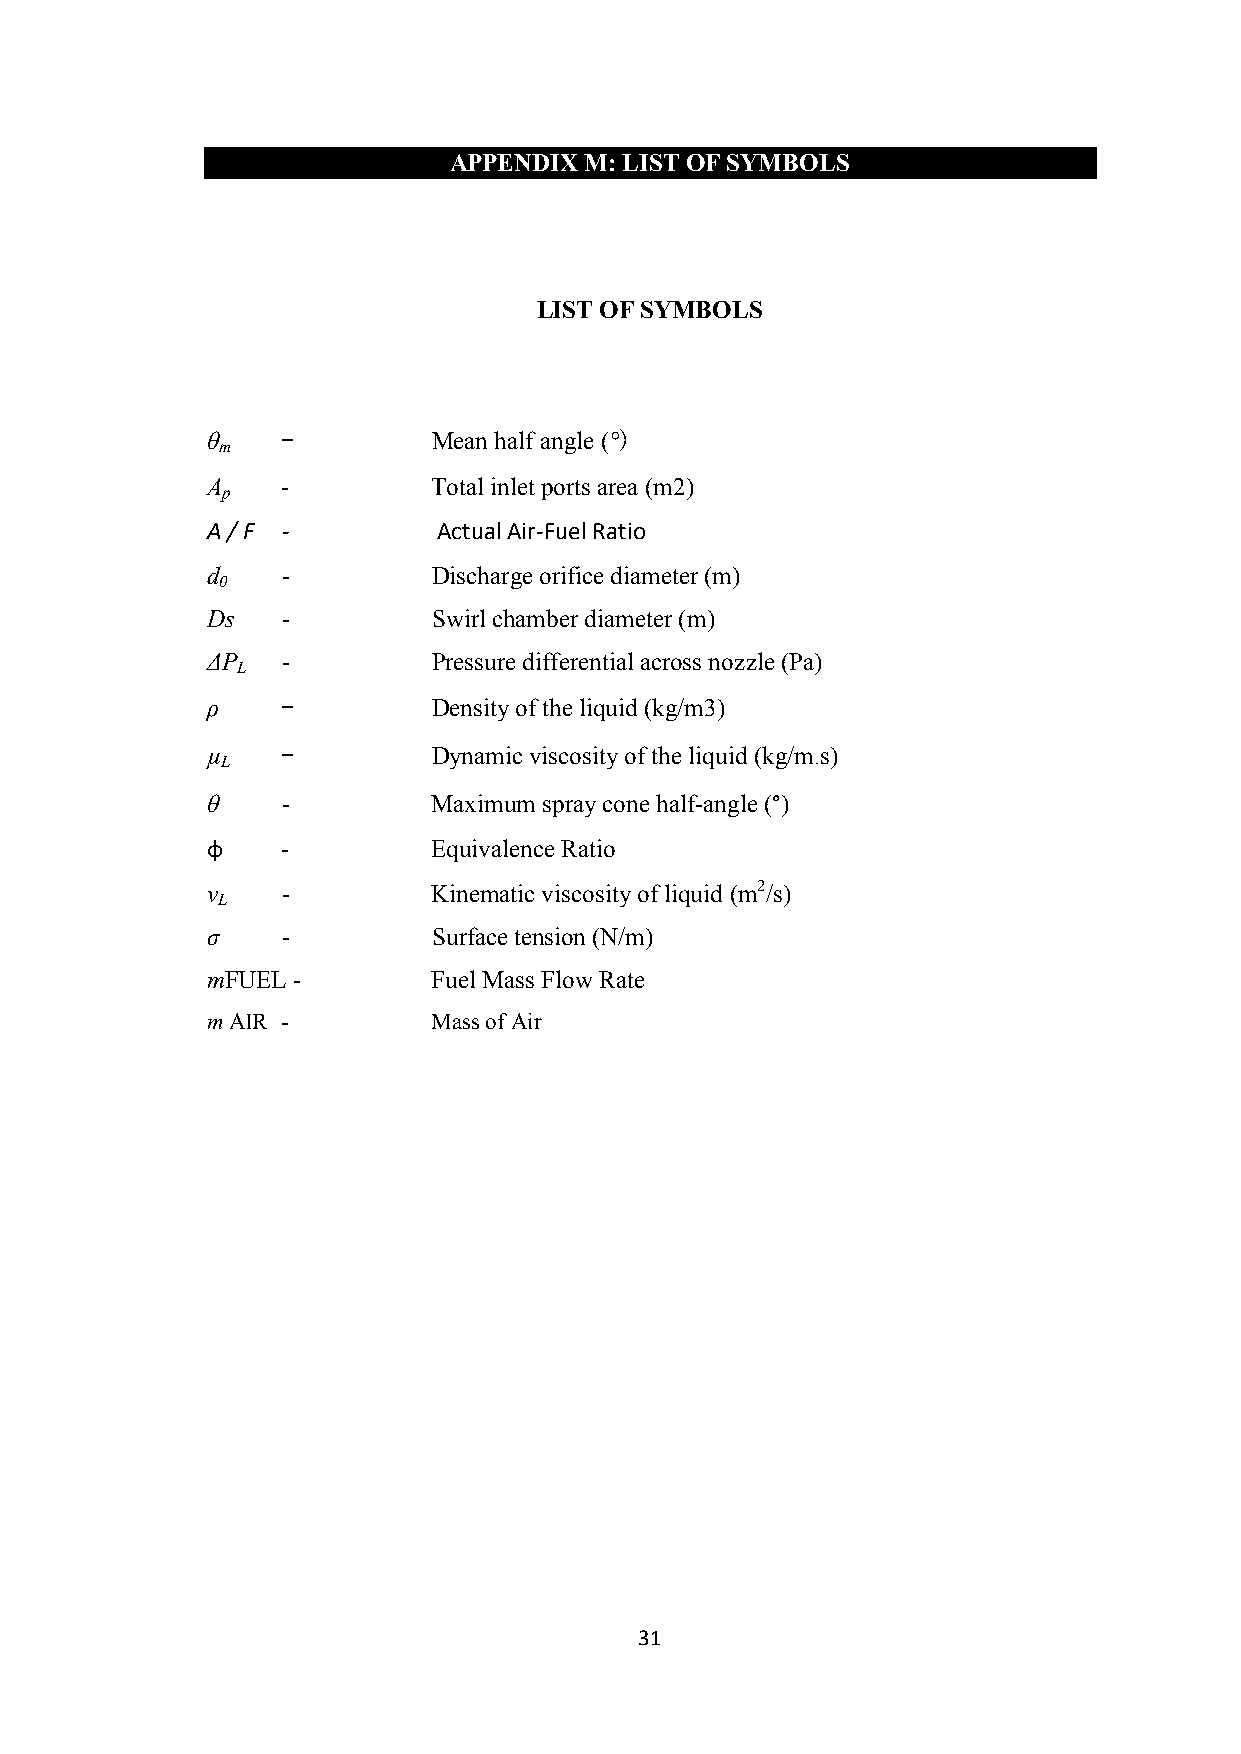
APPENDIX M: LIST OF SYMBOLS
 LIST OF SYMBOLS
 θ    -         Mean half angle (°)
 m
 A    -         Total inlet ports area (m2)
 p
 A / F -        Actual Air-Fuel Ratio
 d    -         Discharge orifice diameter (m)
 0
 Ds   -         Swirl chamber diameter (m)
 ∆P   -         Pressure differential across nozzle (Pa)
 L
 ρ    -         Density of the liquid (kg/m3)
 µ    -         Dynamic viscosity of the liquid (kg/m.s)
 L
 θ    -         Maximum spray cone half-angle (°)
 φ    -         Equivalence Ratio
 ν    -         Kinematic viscosity of liquid (m2/s)
 L
 σ    -         Surface tension (N/m)
 mFUEL -        Fuel Mass Flow Rate
 m AIR -        Mass of Air
 31